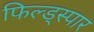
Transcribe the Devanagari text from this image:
फिल्ड्स्पार